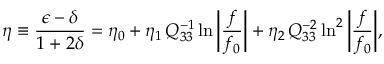
\eta \equiv \frac { \epsilon - \delta } { 1 + 2 \delta } = \eta _ { 0 } + \eta _ { 1 } \, Q _ { 3 3 } ^ { - 1 } \ln { \bigg | \frac { f } { f _ { 0 } } \bigg | } + \eta _ { 2 } \, Q _ { 3 3 } ^ { - 2 } \ln ^ { 2 } { \bigg | \frac { f } { f _ { 0 } } \bigg | } ,